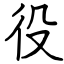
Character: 役